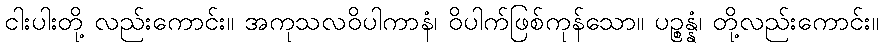
ငါးပါးတို့ လည်းကောင်း။ အကုသလဝိပါကာနံ၊ ဝိပါက်ဖြစ်ကုန်သော။ ပဉ္စန္နံ၊ တို့လည်းကောင်း။